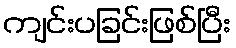
ကျင်းပခြင်းဖြစ်ပြီး